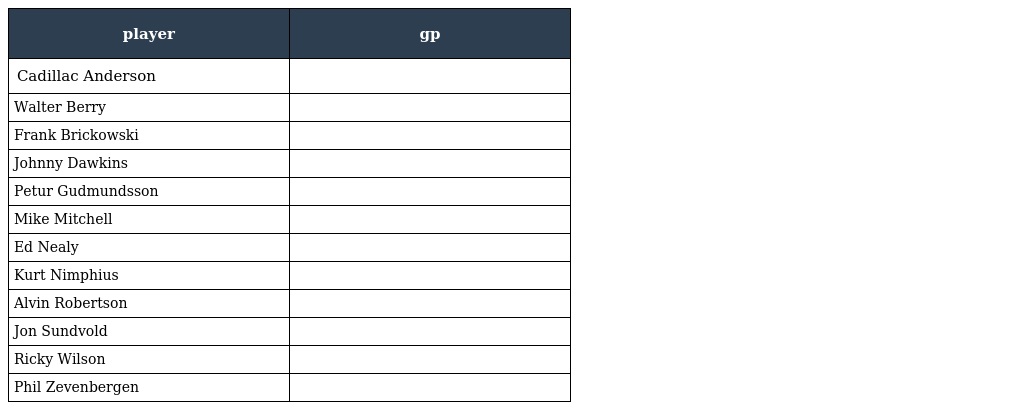
| player | gp |
 | --- | --- |
 | Cadillac Anderson |  |
 | Walter Berry |  |
 | Frank Brickowski |  |
 | Johnny Dawkins |  |
 | Petur Gudmundsson |  |
 | Mike Mitchell |  |
 | Ed Nealy |  |
 | Kurt Nimphius |  |
 | Alvin Robertson |  |
 | Jon Sundvold |  |
 | Ricky Wilson |  |
 | Phil Zevenbergen |  |